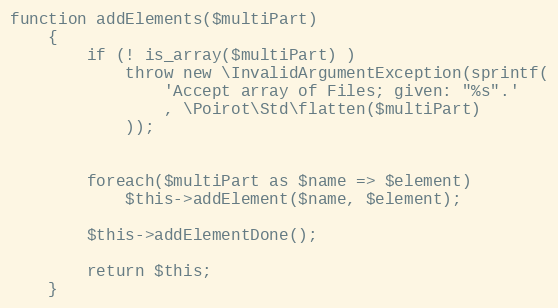
Language: PHP
function addElements($multiPart)
    {
        if (! is_array($multiPart) )
            throw new \InvalidArgumentException(sprintf(
                'Accept array of Files; given: "%s".'
                , \Poirot\Std\flatten($multiPart)
            ));

        foreach($multiPart as $name => $element)
            $this->addElement($name, $element);

        $this->addElementDone();

        return $this;
    }